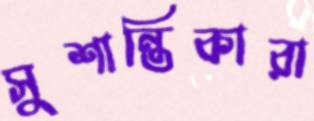
সুশান্তিকারা